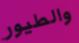
والطيور